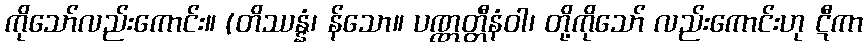
ကိုသော်လည်းကောင်း။ (တိဿန္နံ၊ န်သော။ ပဏ္ဏတ္တီနံဝါ၊ တို့ကိုသော် လည်းကောင်းဟု ဋီကာ